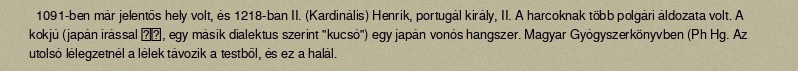
1091-ben már jelentős hely volt, és 1218-ban II. (Kardinális) Henrik, portugál király, II. A harcoknak több polgári áldozata volt. A kokjú (japán írással 胡弓, egy másik dialektus szerint "kucsó") egy japán vonós hangszer. Magyar Gyógyszerkönyvben (Ph Hg. Az utolsó lélegzetnél a lélek távozik a testből, és ez a halál.